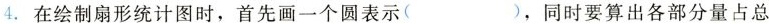
4.在绘制扇形统计图时，首先画一个圆表示( )，同时要算出各部分量占总